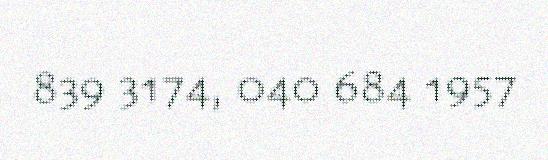
839 3174, 040 684 1957